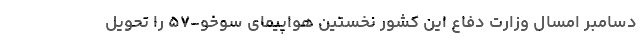
دسامبر امسال وزارت دفاع این کشور نخستین هواپیمای سوخو-۵۷ را تحویل